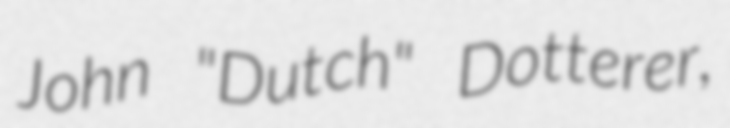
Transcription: John "Dutch" Dotterer,